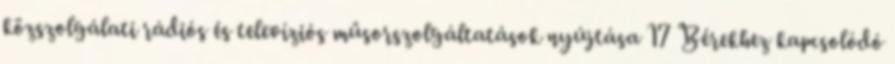
közszolgálati rádiós és televíziós műsorszolgáltatások nyújtása 17 Bérekhez kapcsolódó